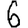
Digit: 6